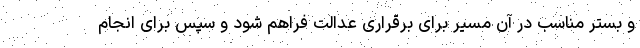
و بستر مناسب در آن مسیر برای برقراری عدالت فراهم شود و سپس برای انجام